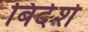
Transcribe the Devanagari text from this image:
बिदेशे